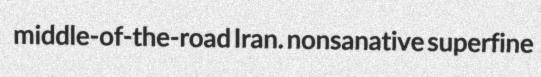
middle-of-the-road Iran. nonsanative superfine